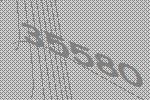
35580